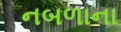
નબળાના